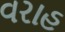
વરાહ